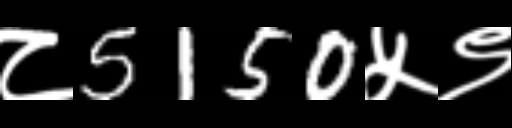
Text: ८5150५९